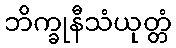
ဘိက္ခုနီသံယုတ္တံ